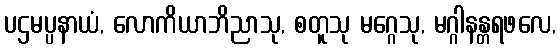
ပဌမပ္ပနာယံ, လောကိယာဘိညာသု, စတူသု မဂ္ဂေသု, မဂ္ဂါနန္တရဖလေ,